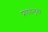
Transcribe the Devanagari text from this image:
प्रणयनृत्य